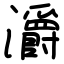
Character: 灂